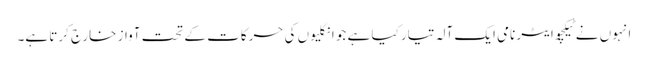
انہوں نے ٹیکچوایٹر نامی ایک آلہ تیار کیا ہے جو انگلیوں کی حرکات کے تحت آواز خارج کرتا ہے۔